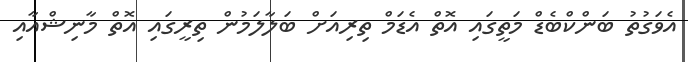
އެވަގުތު ބަންކްބެޑް މަތީގައި އޮތް އެޑަމް ތިރިއަށް ބަލާލަމުން ތިރީގައި އޮތް މާނިޝްއާއި